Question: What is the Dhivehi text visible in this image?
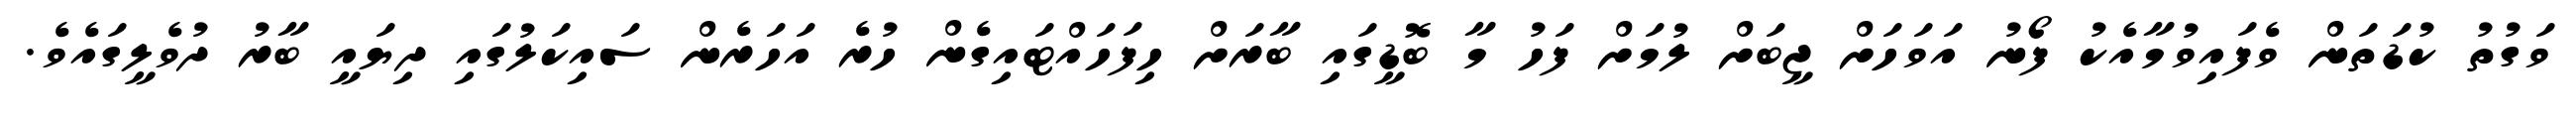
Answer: ވަގުތު ކުޑަތަން ވެފައިވުމާއެކު ފޯނު އަވަހަށް ޖީބަށް ލުމަށް ފަހު މާ ބޮޑީގައި ބާރަށް ހިފަހައްޓައިގެން ހުރެ އަހަރެން ސައިކަލުގައި ދިޔައީ ބާރު ދުވެލީގައެވެ.